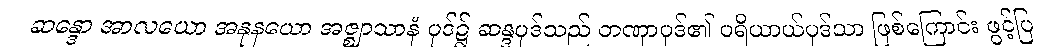
ဆန္ဒော အာလယော အနုနယော အဇ္ဈာသာနံ ပုဒ်၌ ဆန္ဒပုဒ်သည် တဏှာပုဒ်၏ ပရိယာယ်ပုဒ်သာ ဖြစ်ကြောင်း ဖွင့်ပြ